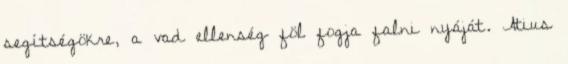
segítségökre, a vad ellenség föl fogja falni nyáját. Atius